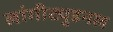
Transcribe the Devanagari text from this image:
लांगीट्युडनल